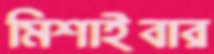
মিশাইবার